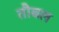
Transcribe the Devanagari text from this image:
तौबल